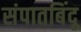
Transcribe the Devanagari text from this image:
संपातबिंदू